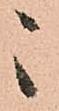
々